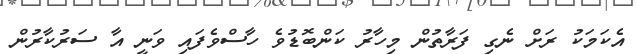
އެކަމަކު ރަށް ނެގި ފަރާތުން މިހާރު ކަންބޮޑުވެ ހާސްވެފައި ވަނީ އާ ސަރުކާރުން